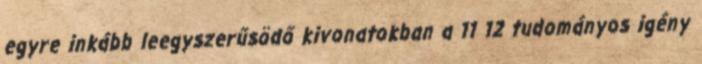
egyre inkább leegyszerűsödő kivonatokban a 11 12 tudományos igény